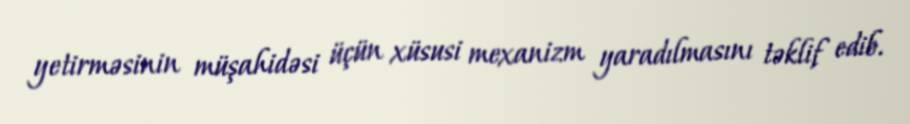
yetirməsinin müşahidəsi üçün xüsusi mexanizm yaradılmasını təklif edib.